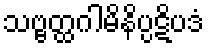
သဗ္ဗတ္ထဂါမိနိပ္ပဋိပဒံ